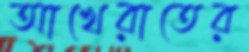
আখেরাতের